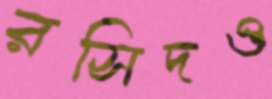
রসিদও